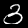
Label: 3